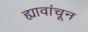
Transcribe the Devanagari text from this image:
ह्यावांचून